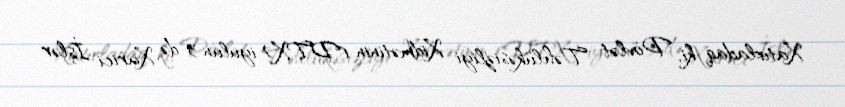
Xatırladaq ki, Dövlət Təhlükəsizliyi Xidmətinin (DTX) iyulun 3-də Xarici İşlər